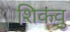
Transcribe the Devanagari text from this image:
शिकवु